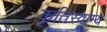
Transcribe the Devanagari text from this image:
कृतिस्वाम्य